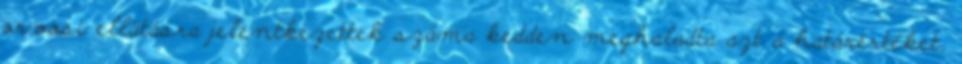
orvosi ellátásra jelentkezettek száma kedden meghaladta azt a határértéket,